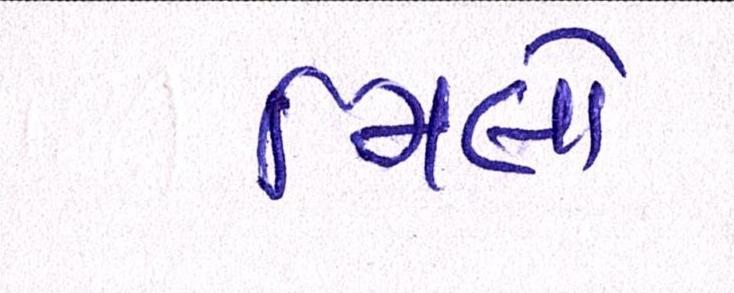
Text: મિલો